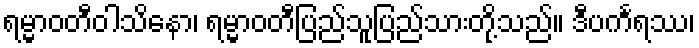
ရမ္မာဝတီဝါသိနော၊ ရမ္မာဝတီပြည်သူပြည်သားတို့သည်။ ဒီပင်္ကရဿ၊